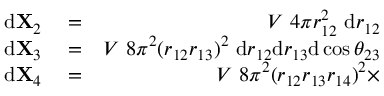
\begin{array} { r l r } { \mathrm { d } \mathbf { X } _ { 2 } } & { { } = } & { V ~ 4 \pi r _ { 1 2 } ^ { 2 } ~ \mathrm { d } r _ { 1 2 } } \\ { \mathrm { d } \mathbf { X } _ { 3 } } & { { } = } & { V ~ 8 \pi ^ { 2 } ( r _ { 1 2 } r _ { 1 3 } ) ^ { 2 } ~ \mathrm { d } r _ { 1 2 } \mathrm { d } r _ { 1 3 } \mathrm { d } \cos \theta _ { 2 3 } } \\ { \mathrm { d } \mathbf { X } _ { 4 } } & { { } = } & { V ~ 8 \pi ^ { 2 } ( r _ { 1 2 } r _ { 1 3 } r _ { 1 4 } ) ^ { 2 } \times } \end{array}